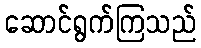
ဆောင်ရွက်ကြသည်